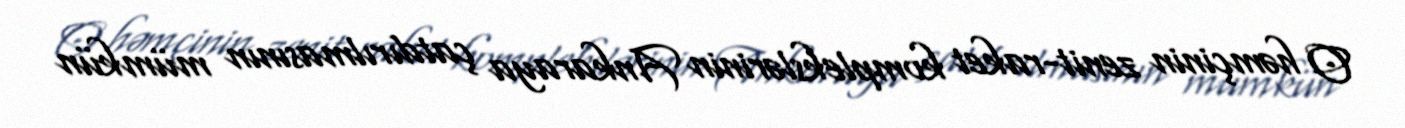
O həmçinin zenit-raket komplekslərinin Ankaraya çatdırılmasının mümkün